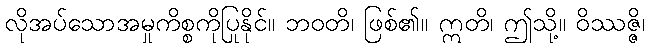
လိုအပ်သောအမှုကိစ္စကိုပြုနိုင်။ ဘဝတိ၊ ဖြစ်၏။ ဣတိ၊ ဤသို့။ ဝိဿဇ္ဇိ၊